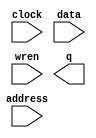
// megafunction wizard: %RAM: 1-PORT%VBB%
// GENERATION: STANDARD
// VERSION: WM1.0
// MODULE: altsyncram 

// ============================================================
// Megafunction Name(s):
// 			altsyncram
//
// Simulation Library Files(s):
// 			altera_mf
// ============================================================
// ************************************************************
// THIS IS A WIZARD-GENERATED FILE. DO NOT EDIT THIS FILE!
//
// 20.1.1 Build 720 11/11/2020 SJ Lite Edition
// ************************************************************

//Copyright (C) 2020  Intel Corporation. All rights reserved.
//Your use of Intel Corporation's design tools, logic functions 
//and other software and tools, and any partner logic 
//functions, and any output files from any of the foregoing 
//(including device programming or simulation files), and any 
//associated documentation or information are expressly subject 
//to the terms and conditions of the Intel Program License 
//Subscription Agreement, the Intel Quartus Prime License Agreement,
//the Intel FPGA IP License Agreement, or other applicable license
//agreement, including, without limitation, that your use is for
//the sole purpose of programming logic devices manufactured by
//Intel and sold by Intel or its authorized distributors.  Please
//refer to the applicable agreement for further details, at
//https://fpgasoftware.intel.com/eula.

module ram (
	address,
	clock,
	data,
	wren,
	q);

	input	[7:0]  address;
	input	  clock;
	input	[63:0]  data;
	input	  wren;
	output	[63:0]  q;
`ifndef ALTERA_RESERVED_QIS
// synopsys translate_off
`endif
	tri1	  clock;
`ifndef ALTERA_RESERVED_QIS
// synopsys translate_on
`endif

endmodule

// ============================================================
// CNX file retrieval info
// ============================================================
// Retrieval info: PRIVATE: ADDRESSSTALL_A NUMERIC "0"
// Retrieval info: PRIVATE: AclrAddr NUMERIC "0"
// Retrieval info: PRIVATE: AclrByte NUMERIC "0"
// Retrieval info: PRIVATE: AclrData NUMERIC "0"
// Retrieval info: PRIVATE: AclrOutput NUMERIC "0"
// Retrieval info: PRIVATE: BYTE_ENABLE NUMERIC "0"
// Retrieval info: PRIVATE: BYTE_SIZE NUMERIC "8"
// Retrieval info: PRIVATE: BlankMemory NUMERIC "0"
// Retrieval info: PRIVATE: CLOCK_ENABLE_INPUT_A NUMERIC "0"
// Retrieval info: PRIVATE: CLOCK_ENABLE_OUTPUT_A NUMERIC "0"
// Retrieval info: PRIVATE: Clken NUMERIC "0"
// Retrieval info: PRIVATE: DataBusSeparated NUMERIC "1"
// Retrieval info: PRIVATE: IMPLEMENT_IN_LES NUMERIC "0"
// Retrieval info: PRIVATE: INIT_FILE_LAYOUT STRING "PORT_A"
// Retrieval info: PRIVATE: INIT_TO_SIM_X NUMERIC "0"
// Retrieval info: PRIVATE: INTENDED_DEVICE_FAMILY STRING "Cyclone V"
// Retrieval info: PRIVATE: JTAG_ENABLED NUMERIC "0"
// Retrieval info: PRIVATE: JTAG_ID STRING "NONE"
// Retrieval info: PRIVATE: MAXIMUM_DEPTH NUMERIC "0"
// Retrieval info: PRIVATE: MIFfilename STRING "ramImg.mif"
// Retrieval info: PRIVATE: NUMWORDS_A NUMERIC "256"
// Retrieval info: PRIVATE: RAM_BLOCK_TYPE NUMERIC "0"
// Retrieval info: PRIVATE: READ_DURING_WRITE_MODE_PORT_A NUMERIC "3"
// Retrieval info: PRIVATE: RegAddr NUMERIC "1"
// Retrieval info: PRIVATE: RegData NUMERIC "1"
// Retrieval info: PRIVATE: RegOutput NUMERIC "1"
// Retrieval info: PRIVATE: SYNTH_WRAPPER_GEN_POSTFIX STRING "0"
// Retrieval info: PRIVATE: SingleClock NUMERIC "1"
// Retrieval info: PRIVATE: UseDQRAM NUMERIC "1"
// Retrieval info: PRIVATE: WRCONTROL_ACLR_A NUMERIC "0"
// Retrieval info: PRIVATE: WidthAddr NUMERIC "8"
// Retrieval info: PRIVATE: WidthData NUMERIC "64"
// Retrieval info: PRIVATE: rden NUMERIC "0"
// Retrieval info: LIBRARY: altera_mf altera_mf.altera_mf_components.all
// Retrieval info: CONSTANT: CLOCK_ENABLE_INPUT_A STRING "BYPASS"
// Retrieval info: CONSTANT: CLOCK_ENABLE_OUTPUT_A STRING "BYPASS"
// Retrieval info: CONSTANT: INIT_FILE STRING "ramImg.mif"
// Retrieval info: CONSTANT: INTENDED_DEVICE_FAMILY STRING "Cyclone V"
// Retrieval info: CONSTANT: LPM_HINT STRING "ENABLE_RUNTIME_MOD=NO"
// Retrieval info: CONSTANT: LPM_TYPE STRING "altsyncram"
// Retrieval info: CONSTANT: NUMWORDS_A NUMERIC "256"
// Retrieval info: CONSTANT: OPERATION_MODE STRING "SINGLE_PORT"
// Retrieval info: CONSTANT: OUTDATA_ACLR_A STRING "NONE"
// Retrieval info: CONSTANT: OUTDATA_REG_A STRING "CLOCK0"
// Retrieval info: CONSTANT: POWER_UP_UNINITIALIZED STRING "FALSE"
// Retrieval info: CONSTANT: READ_DURING_WRITE_MODE_PORT_A STRING "NEW_DATA_NO_NBE_READ"
// Retrieval info: CONSTANT: WIDTHAD_A NUMERIC "8"
// Retrieval info: CONSTANT: WIDTH_A NUMERIC "64"
// Retrieval info: CONSTANT: WIDTH_BYTEENA_A NUMERIC "1"
// Retrieval info: USED_PORT: address 0 0 8 0 INPUT NODEFVAL "address[7..0]"
// Retrieval info: USED_PORT: clock 0 0 0 0 INPUT VCC "clock"
// Retrieval info: USED_PORT: data 0 0 64 0 INPUT NODEFVAL "data[63..0]"
// Retrieval info: USED_PORT: q 0 0 64 0 OUTPUT NODEFVAL "q[63..0]"
// Retrieval info: USED_PORT: wren 0 0 0 0 INPUT NODEFVAL "wren"
// Retrieval info: CONNECT: @address_a 0 0 8 0 address 0 0 8 0
// Retrieval info: CONNECT: @clock0 0 0 0 0 clock 0 0 0 0
// Retrieval info: CONNECT: @data_a 0 0 64 0 data 0 0 64 0
// Retrieval info: CONNECT: @wren_a 0 0 0 0 wren 0 0 0 0
// Retrieval info: CONNECT: q 0 0 64 0 @q_a 0 0 64 0
// Retrieval info: GEN_FILE: TYPE_NORMAL ram.v TRUE
// Retrieval info: GEN_FILE: TYPE_NORMAL ram.inc FALSE
// Retrieval info: GEN_FILE: TYPE_NORMAL ram.cmp FALSE
// Retrieval info: GEN_FILE: TYPE_NORMAL ram.bsf FALSE
// Retrieval info: GEN_FILE: TYPE_NORMAL ram_inst.v FALSE
// Retrieval info: GEN_FILE: TYPE_NORMAL ram_bb.v TRUE
// Retrieval info: LIB_FILE: altera_mf